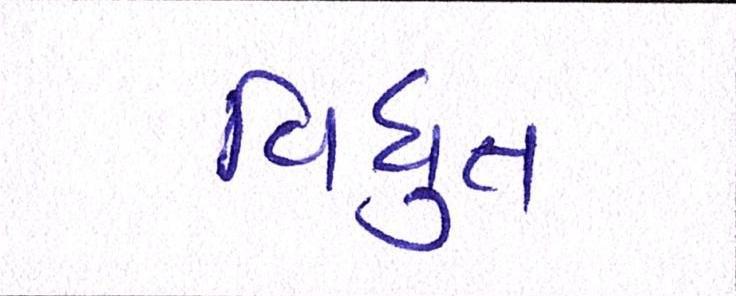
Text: વિધુત